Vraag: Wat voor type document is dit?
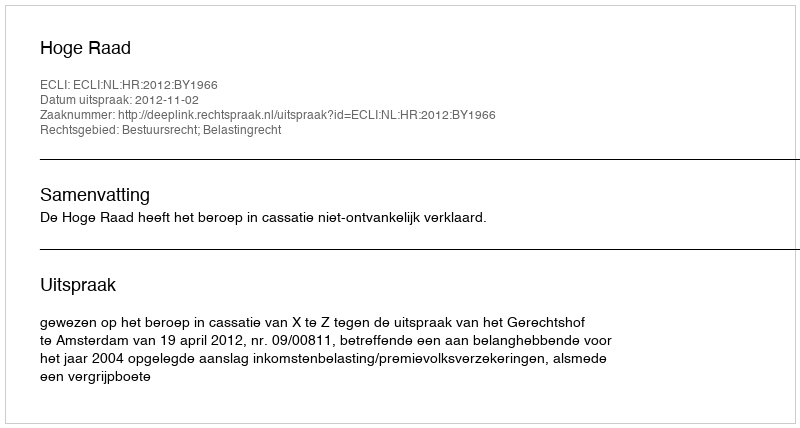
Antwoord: Uitspraak